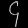
Digit: ၄